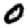
Digit: 0